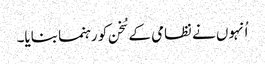
اُنہوں نے نظامی کے سُخن کو رہنما بنایا۔